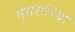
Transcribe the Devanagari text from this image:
मुंगसांच्या